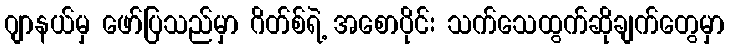
ဂျာနယ်မှ ဖော်ပြသည်မှာ ဂိတ်စ်ရဲ့ အစောပိုင်း သက်သေထွက်ဆိုချက်တွေမှာ